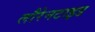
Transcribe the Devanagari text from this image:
लौरेनटाइड